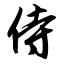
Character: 侍